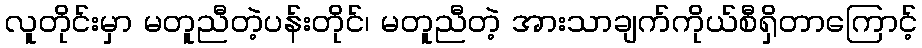
လူတိုင်းမှာ မတူညီတဲ့ပန်းတိုင်၊ မတူညီတဲ့ အားသာချက်ကိုယ်စီရှိတာကြောင့်